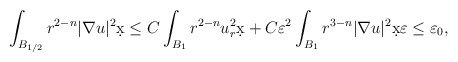
\begin{align*}\int_{B_{1/2}} r^{2-n} |\nabla u|^2 \d x \leq C \int_{B_{1}} r^{2-n} u_r^2 \d x + C \varepsilon^2 \int_{B_{1}} r^{3-n}|\nabla u|^2 \d x \varepsilon \leq \varepsilon_0,\end{align*}